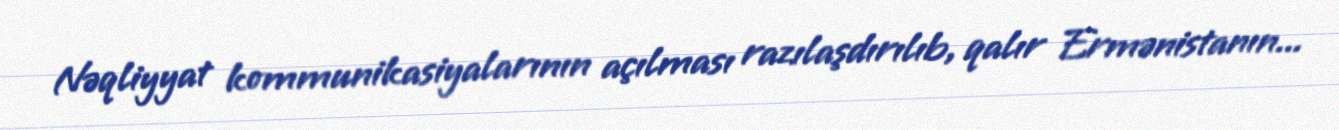
Nəqliyyat kommunikasiyalarının açılması razılaşdırılıb, qalır Ermənistanın...